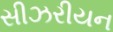
સીઝરીયન